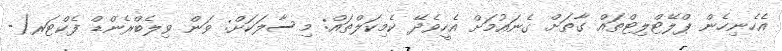
އެހެނިހެން ޕްލޭޓްލިޓްތައް ގާތަށް ގެނައުމަށް އެހީވެދޭ ކެމިކަލްތައް: މިސާލަކަށް: ވަން ވިލެބްރެންޑް ފެކްޓަރ(-